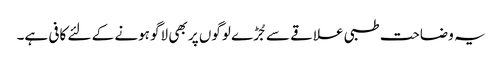
یہ وضاحت طبی علاقے سے جُڑے لوگوں پر بھی لاگو ہونے کے لئے کافی ہے۔